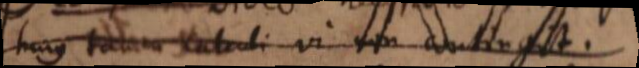
hujus tamen calculi vi non contingit.